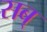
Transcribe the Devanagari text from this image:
सब्